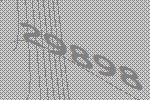
29898